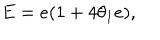
E = e ( 1 + 4 \theta _ { 1 } e ) , \quad